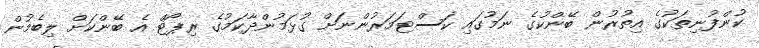
ކުންފުނިތަކުގެ އިތުރުން ބޭންކުގެ ނަމުގައި ކަސްޓަމަރުންނަށް ގުޅަމުންދާކަމުގެ ރިޕޯޓް އެ ބޭންކަށް ލިބެމުން